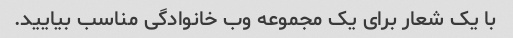
با یک شعار برای یک مجموعه وب خانوادگی مناسب بیایید.